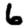
Digit: 6